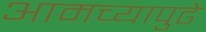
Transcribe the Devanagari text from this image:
आमच्यापुढे